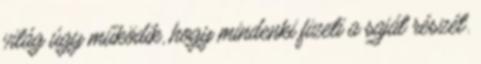
világ úgy működik, hogy mindenki fizeti a saját részét.